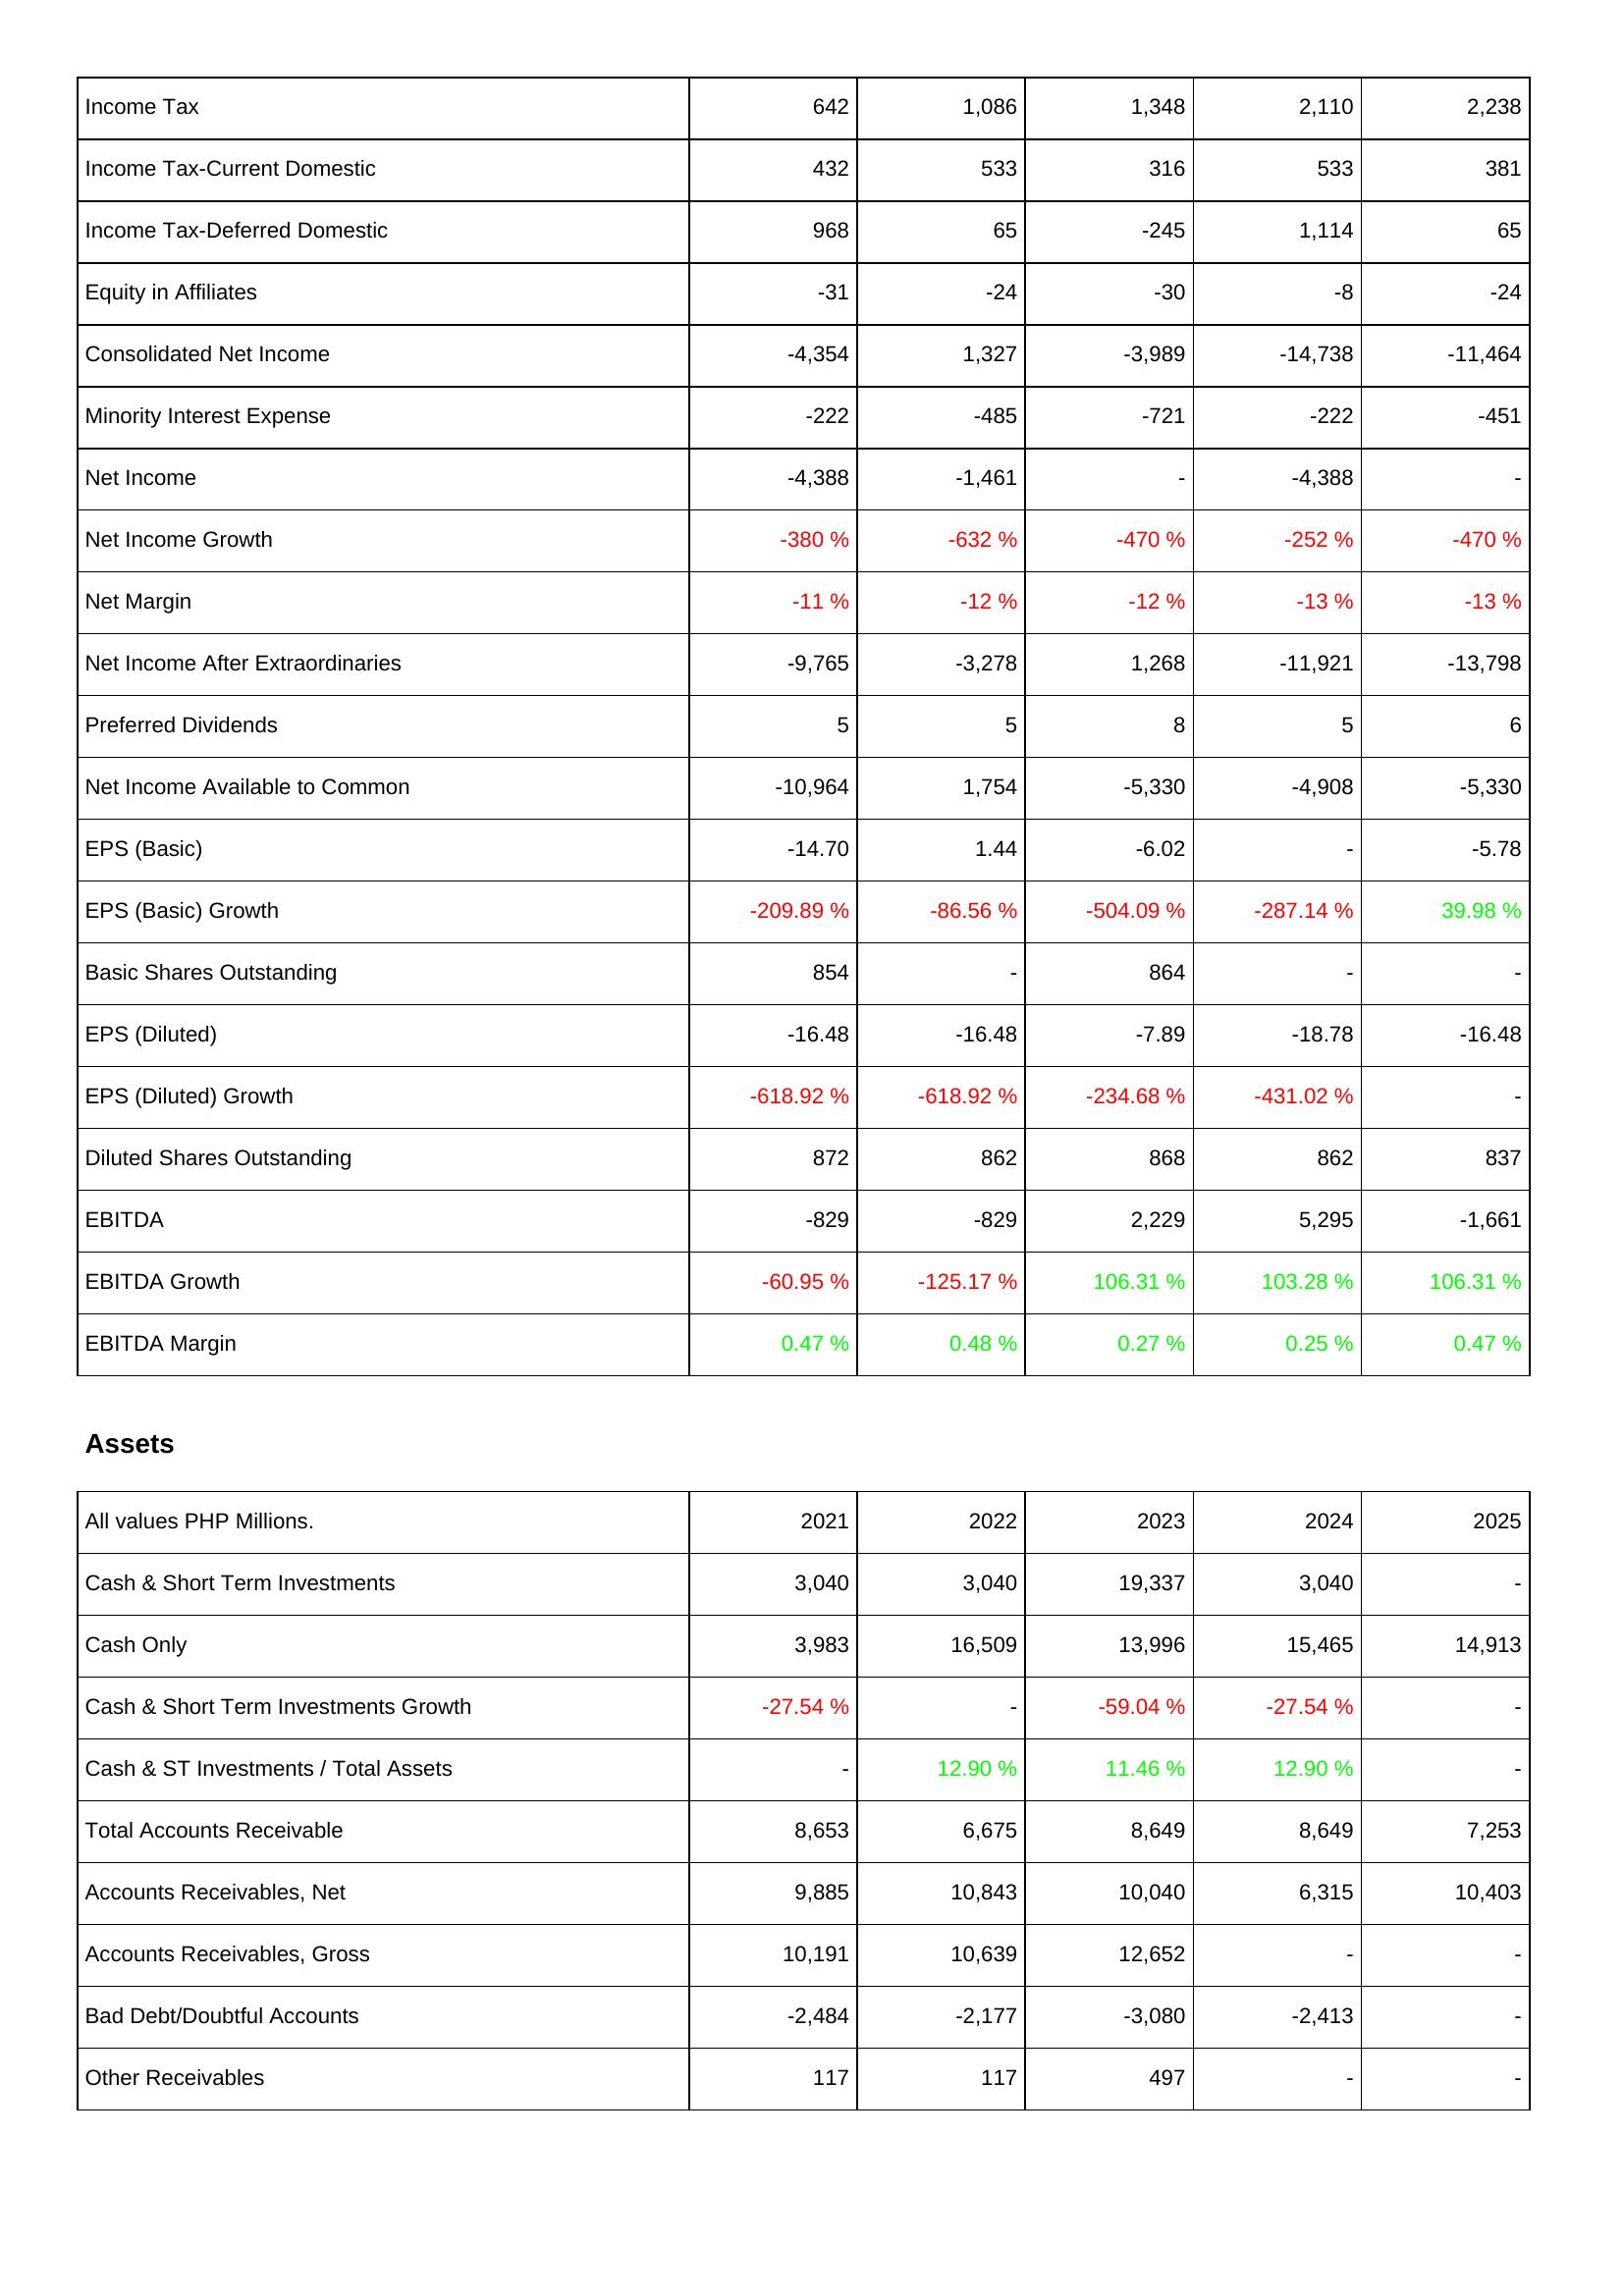
2021: Income Statement: Income Tax: 642
Income Tax-Current Domestic: 432
Income Tax-Deferred Domestic: 968
Equity in Affiliates: -31
Consolidated Net Income: -4,354
Minority Interest Expense: -222
Net Income: -4,388
Net Income Growth: -380 %
Net Margin: -11 %
Net Income After Extraordinaries: -9,765
Preferred Dividends: 5
Net Income Available to Common: -10,964
EPS (Basic): -14.70
EPS (Basic) Growth: -209.89 %
Basic Shares Outstanding: 854
EPS (Diluted): -16.48
EPS (Diluted) Growth: -618.92 %
Diluted Shares Outstanding: 872
EBITDA: -829
EBITDA Growth: -60.95 %
EBITDA Margin: 0.47 %
Assets: Cash & Short Term Investments: 3,040
Cash Only: 3,983
Cash & Short Term Investments Growth: -27.54 %
Cash & ST Investments / Total Assets: -
Total Accounts Receivable: 8,653
Accounts Receivables, Net: 9,885
Accounts Receivables, Gross: 10,191
Bad Debt/Doubtful Accounts: -2,484
Other Receivables: 117
2022: Income Statement: Income Tax: 1,086
Income Tax-Current Domestic: 533
Income Tax-Deferred Domestic: 65
Equity in Affiliates: -24
Consolidated Net Income: 1,327
Minority Interest Expense: -485
Net Income: -1,461
Net Income Growth: -632 %
Net Margin: -12 %
Net Income After Extraordinaries: -3,278
Preferred Dividends: 5
Net Income Available to Common: 1,754
EPS (Basic): 1.44
EPS (Basic) Growth: -86.56 %
Basic Shares Outstanding: -
EPS (Diluted): -16.48
EPS (Diluted) Growth: -618.92 %
Diluted Shares Outstanding: 862
EBITDA: -829
EBITDA Growth: -125.17 %
EBITDA Margin: 0.48 %
Assets: Cash & Short Term Investments: 3,040
Cash Only: 16,509
Cash & Short Term Investments Growth: -
Cash & ST Investments / Total Assets: 12.90 %
Total Accounts Receivable: 6,675
Accounts Receivables, Net: 10,843
Accounts Receivables, Gross: 10,639
Bad Debt/Doubtful Accounts: -2,177
Other Receivables: 117
2023: Income Statement: Income Tax: 1,348
Income Tax-Current Domestic: 316
Income Tax-Deferred Domestic: -245
Equity in Affiliates: -30
Consolidated Net Income: -3,989
Minority Interest Expense: -721
Net Income: -
Net Income Growth: -470 %
Net Margin: -12 %
Net Income After Extraordinaries: 1,268
Preferred Dividends: 8
Net Income Available to Common: -5,330
EPS (Basic): -6.02
EPS (Basic) Growth: -504.09 %
Basic Shares Outstanding: 864
EPS (Diluted): -7.89
EPS (Diluted) Growth: -234.68 %
Diluted Shares Outstanding: 868
EBITDA: 2,229
EBITDA Growth: 106.31 %
EBITDA Margin: 0.27 %
Assets: Cash & Short Term Investments: 19,337
Cash Only: 13,996
Cash & Short Term Investments Growth: -59.04 %
Cash & ST Investments / Total Assets: 11.46 %
Total Accounts Receivable: 8,649
Accounts Receivables, Net: 10,040
Accounts Receivables, Gross: 12,652
Bad Debt/Doubtful Accounts: -3,080
Other Receivables: 497
2024: Income Statement: Income Tax: 2,110
Income Tax-Current Domestic: 533
Income Tax-Deferred Domestic: 1,114
Equity in Affiliates: -8
Consolidated Net Income: -14,738
Minority Interest Expense: -222
Net Income: -4,388
Net Income Growth: -252 %
Net Margin: -13 %
Net Income After Extraordinaries: -11,921
Preferred Dividends: 5
Net Income Available to Common: -4,908
EPS (Basic): -
EPS (Basic) Growth: -287.14 %
Basic Shares Outstanding: -
EPS (Diluted): -18.78
EPS (Diluted) Growth: -431.02 %
Diluted Shares Outstanding: 862
EBITDA: 5,295
EBITDA Growth: 103.28 %
EBITDA Margin: 0.25 %
Assets: Cash & Short Term Investments: 3,040
Cash Only: 15,465
Cash & Short Term Investments Growth: -27.54 %
Cash & ST Investments / Total Assets: 12.90 %
Total Accounts Receivable: 8,649
Accounts Receivables, Net: 6,315
Accounts Receivables, Gross: -
Bad Debt/Doubtful Accounts: -2,413
Other Receivables: -
2025: Income Statement: Income Tax: 2,238
Income Tax-Current Domestic: 381
Income Tax-Deferred Domestic: 65
Equity in Affiliates: -24
Consolidated Net Income: -11,464
Minority Interest Expense: -451
Net Income: -
Net Income Growth: -470 %
Net Margin: -13 %
Net Income After Extraordinaries: -13,798
Preferred Dividends: 6
Net Income Available to Common: -5,330
EPS (Basic): -5.78
EPS (Basic) Growth: 39.98 %
Basic Shares Outstanding: -
EPS (Diluted): -16.48
EPS (Diluted) Growth: -
Diluted Shares Outstanding: 837
EBITDA: -1,661
EBITDA Growth: 106.31 %
EBITDA Margin: 0.47 %
Assets: Cash & Short Term Investments: -
Cash Only: 14,913
Cash & Short Term Investments Growth: -
Cash & ST Investments / Total Assets: -
Total Accounts Receivable: 7,253
Accounts Receivables, Net: 10,403
Accounts Receivables, Gross: -
Bad Debt/Doubtful Accounts: -
Other Receivables: -